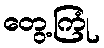
တွေ့ကြုံ